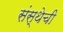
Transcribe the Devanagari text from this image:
संस्‍थेची